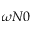
\omega N 0